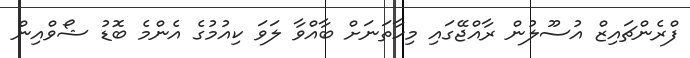
ފްރެންޗައިޒް އުސޫލުން ރާއްޖޭގައި މިހާތަނަށް ބާއްވާ ލަވަ ކިއުމުގެ އެންމެ ބޮޑު ޝޯވްއިން